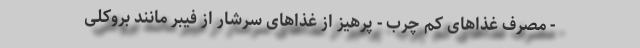
- مصرف غذاهای کم چرب - پرهیز از غذاهای سرشار از فیبر مانند بروکلی